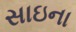
સાઇના